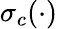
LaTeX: \sigma_{c}(\cdot)